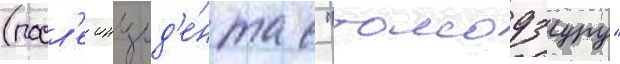
(посл'е инцид'е́нта с "томодзуру"